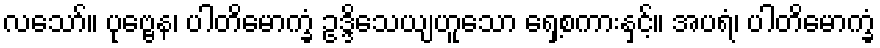
လသော်။ ပုဗ္ဗေန၊ ပါတိမောက္ခံ ဥဒ္ဒိသေယျဟူသော ရှေ့စကားနှင့်။ အပရံ၊ ပါတိမောက္ခံ